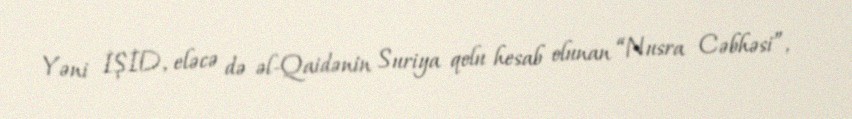
Yəni İŞİD, eləcə də əl-Qaidənin Suriya qolu hesab olunan “Nusra Cəbhəsi”,